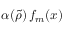
\alpha ( \tilde { \rho } ) \, f _ { m } ( x )